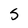
Character: S